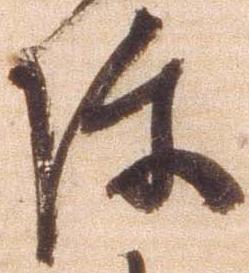
陣